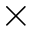
\times